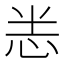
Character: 𭜧